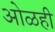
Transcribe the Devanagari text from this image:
ओळही